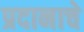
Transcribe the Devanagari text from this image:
प्रदानाचे